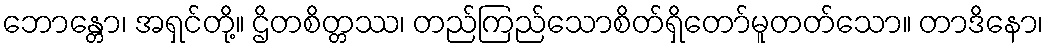
ဘောန္တော၊ အရှင်တို့။ ဌိတစိတ္တဿ၊ တည်ကြည်သောစိတ်ရှိတော်မူတတ်သော။ တာဒိနော၊